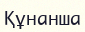
Құнанша